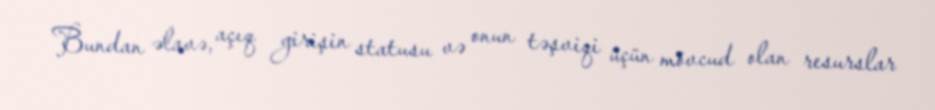
Bundan əlavə, açıq girişin statusu və onun təşviqi üçün mövcud olan resurslar